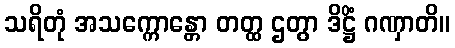
သရိတုံ အသက္ကောန္တော တတ္ထ ဌတွာ ဒိဋ္ဌိံ ဂဏှာတိ။